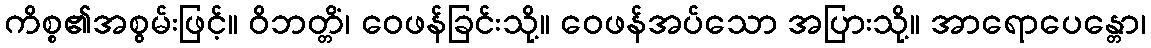
ကိစ္စ၏အစွမ်းဖြင့်။ ဝိဘတ္တိံ၊ ဝေဖန်ခြင်းသို့။ ဝေဖန်အပ်သော အပြားသို့။ အာရောပေန္တော၊